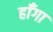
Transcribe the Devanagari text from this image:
हाँगा